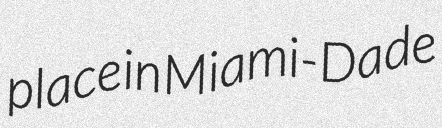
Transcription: place in Miami-Dade